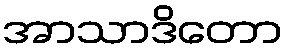
အာသာဒိတော